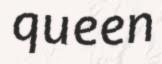
queen